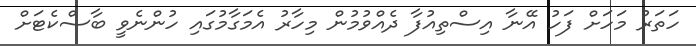
ހަތަރު މަހަށް ފަހު އޭނާ އިސްތިއުފާ ދެއްވުމުން މިހާރު އެމަގާމުގައި ހުންނެވީ ބާސްކެޓަށް